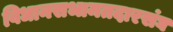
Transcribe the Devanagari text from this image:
विधानसभामतदारसंघ